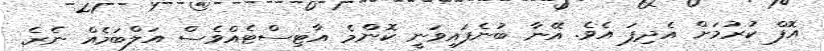
އޮފް ކުރުމަށް އެދިފަ އެވެ. އޭނާ ބުނެފައިވަނީ ކޮންމެ އާޓިސްޓެއްވެސް އަލްބަމެއް ނެރެ